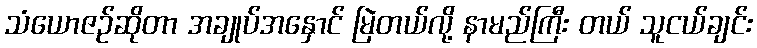
သံယောဇဉ်ဆိုတာ အချုပ်အနှောင် မြဲတယ်လို့ နာမည်ကြီး တယ် သူငယ်ချင်း